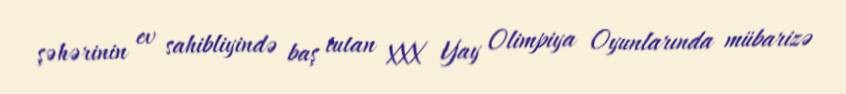
şəhərinin ev sahibliyində baş tutan XXX Yay Olimpiya Oyunlarında mübarizə